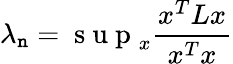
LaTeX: \lambda_{\mathtt{n}}=\mathrm{{~s~u~p~}}_{x}\frac{{x^{T}Lx}}{{x^{T}x}}